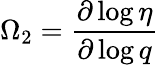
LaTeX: \Omega_{2}=\frac{\partial\log\eta}{\partial\log q}